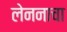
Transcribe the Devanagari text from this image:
लेननाचा